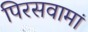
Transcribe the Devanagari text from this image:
पिरसवामां